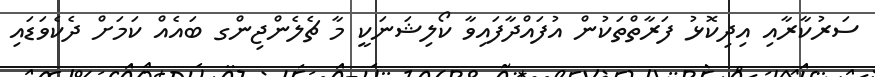
ސަރުކާރާއި އިދިކޮޅު ފަރާތްތަކުން އުފައްދާފައިވާ ކޯލިޝަނަކީ މާ ޗެލެންޖިންގ ބައެއް ކަމަށް ދެކެވަޑައި